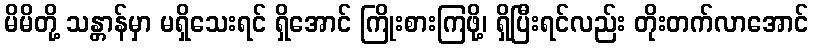
မိမိတို့ သန္တာန်မှာ မရှိသေးရင် ရှိအောင် ကြိုးစားကြဖို့၊ ရှိပြီးရင်လည်း တိုးတက်လာအောင်